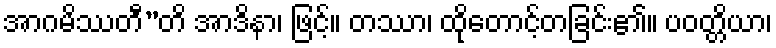
အာဂမိဿတီ”တိ အာဒိနာ၊ ဖြင့်။ တဿာ၊ ထိုတောင့်တခြင်း၏။ ပဝတ္တိယာ၊